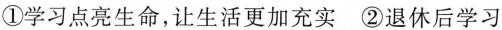
①学习点亮生命，让生活更加充实②退休后学习